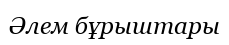
Әлем бұрыштары